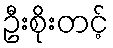
ဦးစိုးတင့်